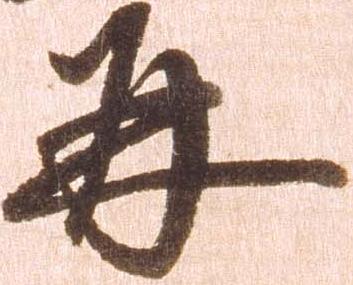
并